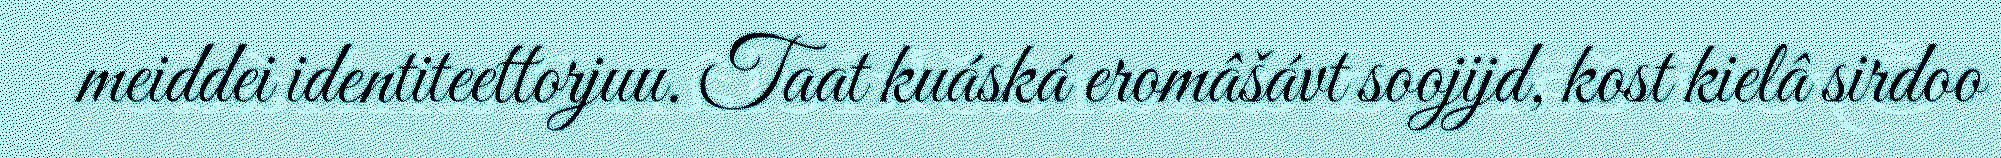
meiddei identiteettorjuu. Taat kuáská eromâšávt soojijd, kost kielâ sirdoo